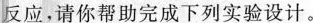
反应，请你帮助完成下列实验设计